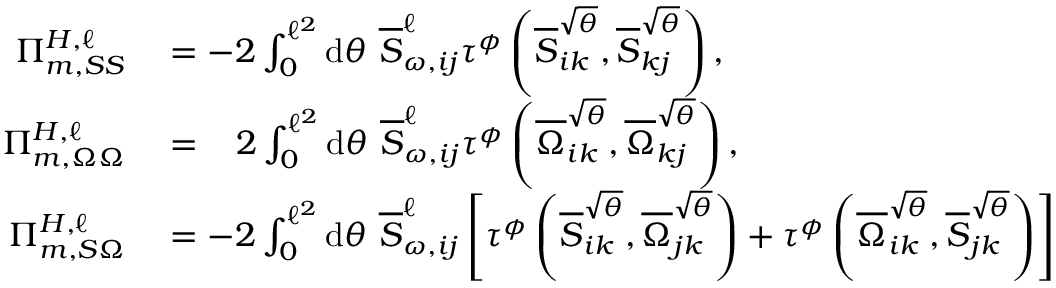
\begin{array} { r l } { \Pi _ { m , S S } ^ { H , \ell } } & { { } = - 2 \int _ { 0 } ^ { \ell ^ { 2 } } \mathrm { d } \theta ~ \overline { { S } } _ { \omega , i j } ^ { \ell } \tau ^ { \phi } \left( \overline { { S } } _ { i k } ^ { \sqrt { \theta } } , \overline { { S } } _ { k j } ^ { \sqrt { \theta } } \right) , } \\ { \Pi _ { m , \Omega \Omega } ^ { H , \ell } } & { { } = \; \; \; 2 \int _ { 0 } ^ { \ell ^ { 2 } } \mathrm { d } \theta ~ \overline { { S } } _ { \omega , i j } ^ { \ell } \tau ^ { \phi } \left( \overline { { \Omega } } _ { i k } ^ { \sqrt { \theta } } , \overline { { \Omega } } _ { k j } ^ { \sqrt { \theta } } \right) , } \\ { \Pi _ { m , S \Omega } ^ { H , \ell } } & { { } = - 2 \int _ { 0 } ^ { \ell ^ { 2 } } \mathrm { d } \theta ~ \overline { { S } } _ { \omega , i j } ^ { \ell } \left[ \tau ^ { \phi } \left( \overline { { S } } _ { i k } ^ { \sqrt { \theta } } , \overline { { \Omega } } _ { j k } ^ { \sqrt { \theta } } \right) + \tau ^ { \phi } \left( \overline { { \Omega } } _ { i k } ^ { \sqrt { \theta } } , \overline { { S } } _ { j k } ^ { \sqrt { \theta } } \right) \right] } \end{array}